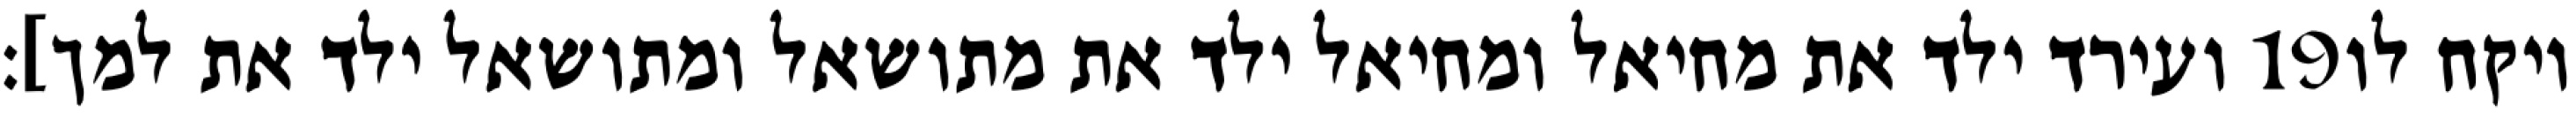
ועירד ילד את מחיאל ומחיאל ילד את מתושאל ומתושאל ילד את למך]׃ ‎19‏ ויקח לו